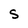
Character: S